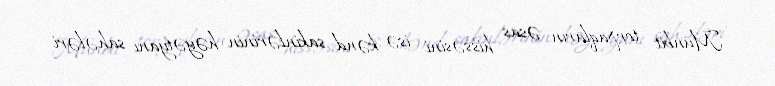
Münbit torpaqların əsas hissəsini isə kənd sakinlərinin həyətyanı sahələri